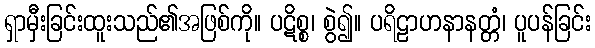
ရှာမှီးခြင်းထူးသည်၏အဖြစ်ကို။ ပဋိစ္စ၊ စွဲ၍။ ပရိဠာဟနာနတ္တံ၊ ပူပန်ခြင်း